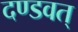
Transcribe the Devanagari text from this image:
दण्डवत्‌